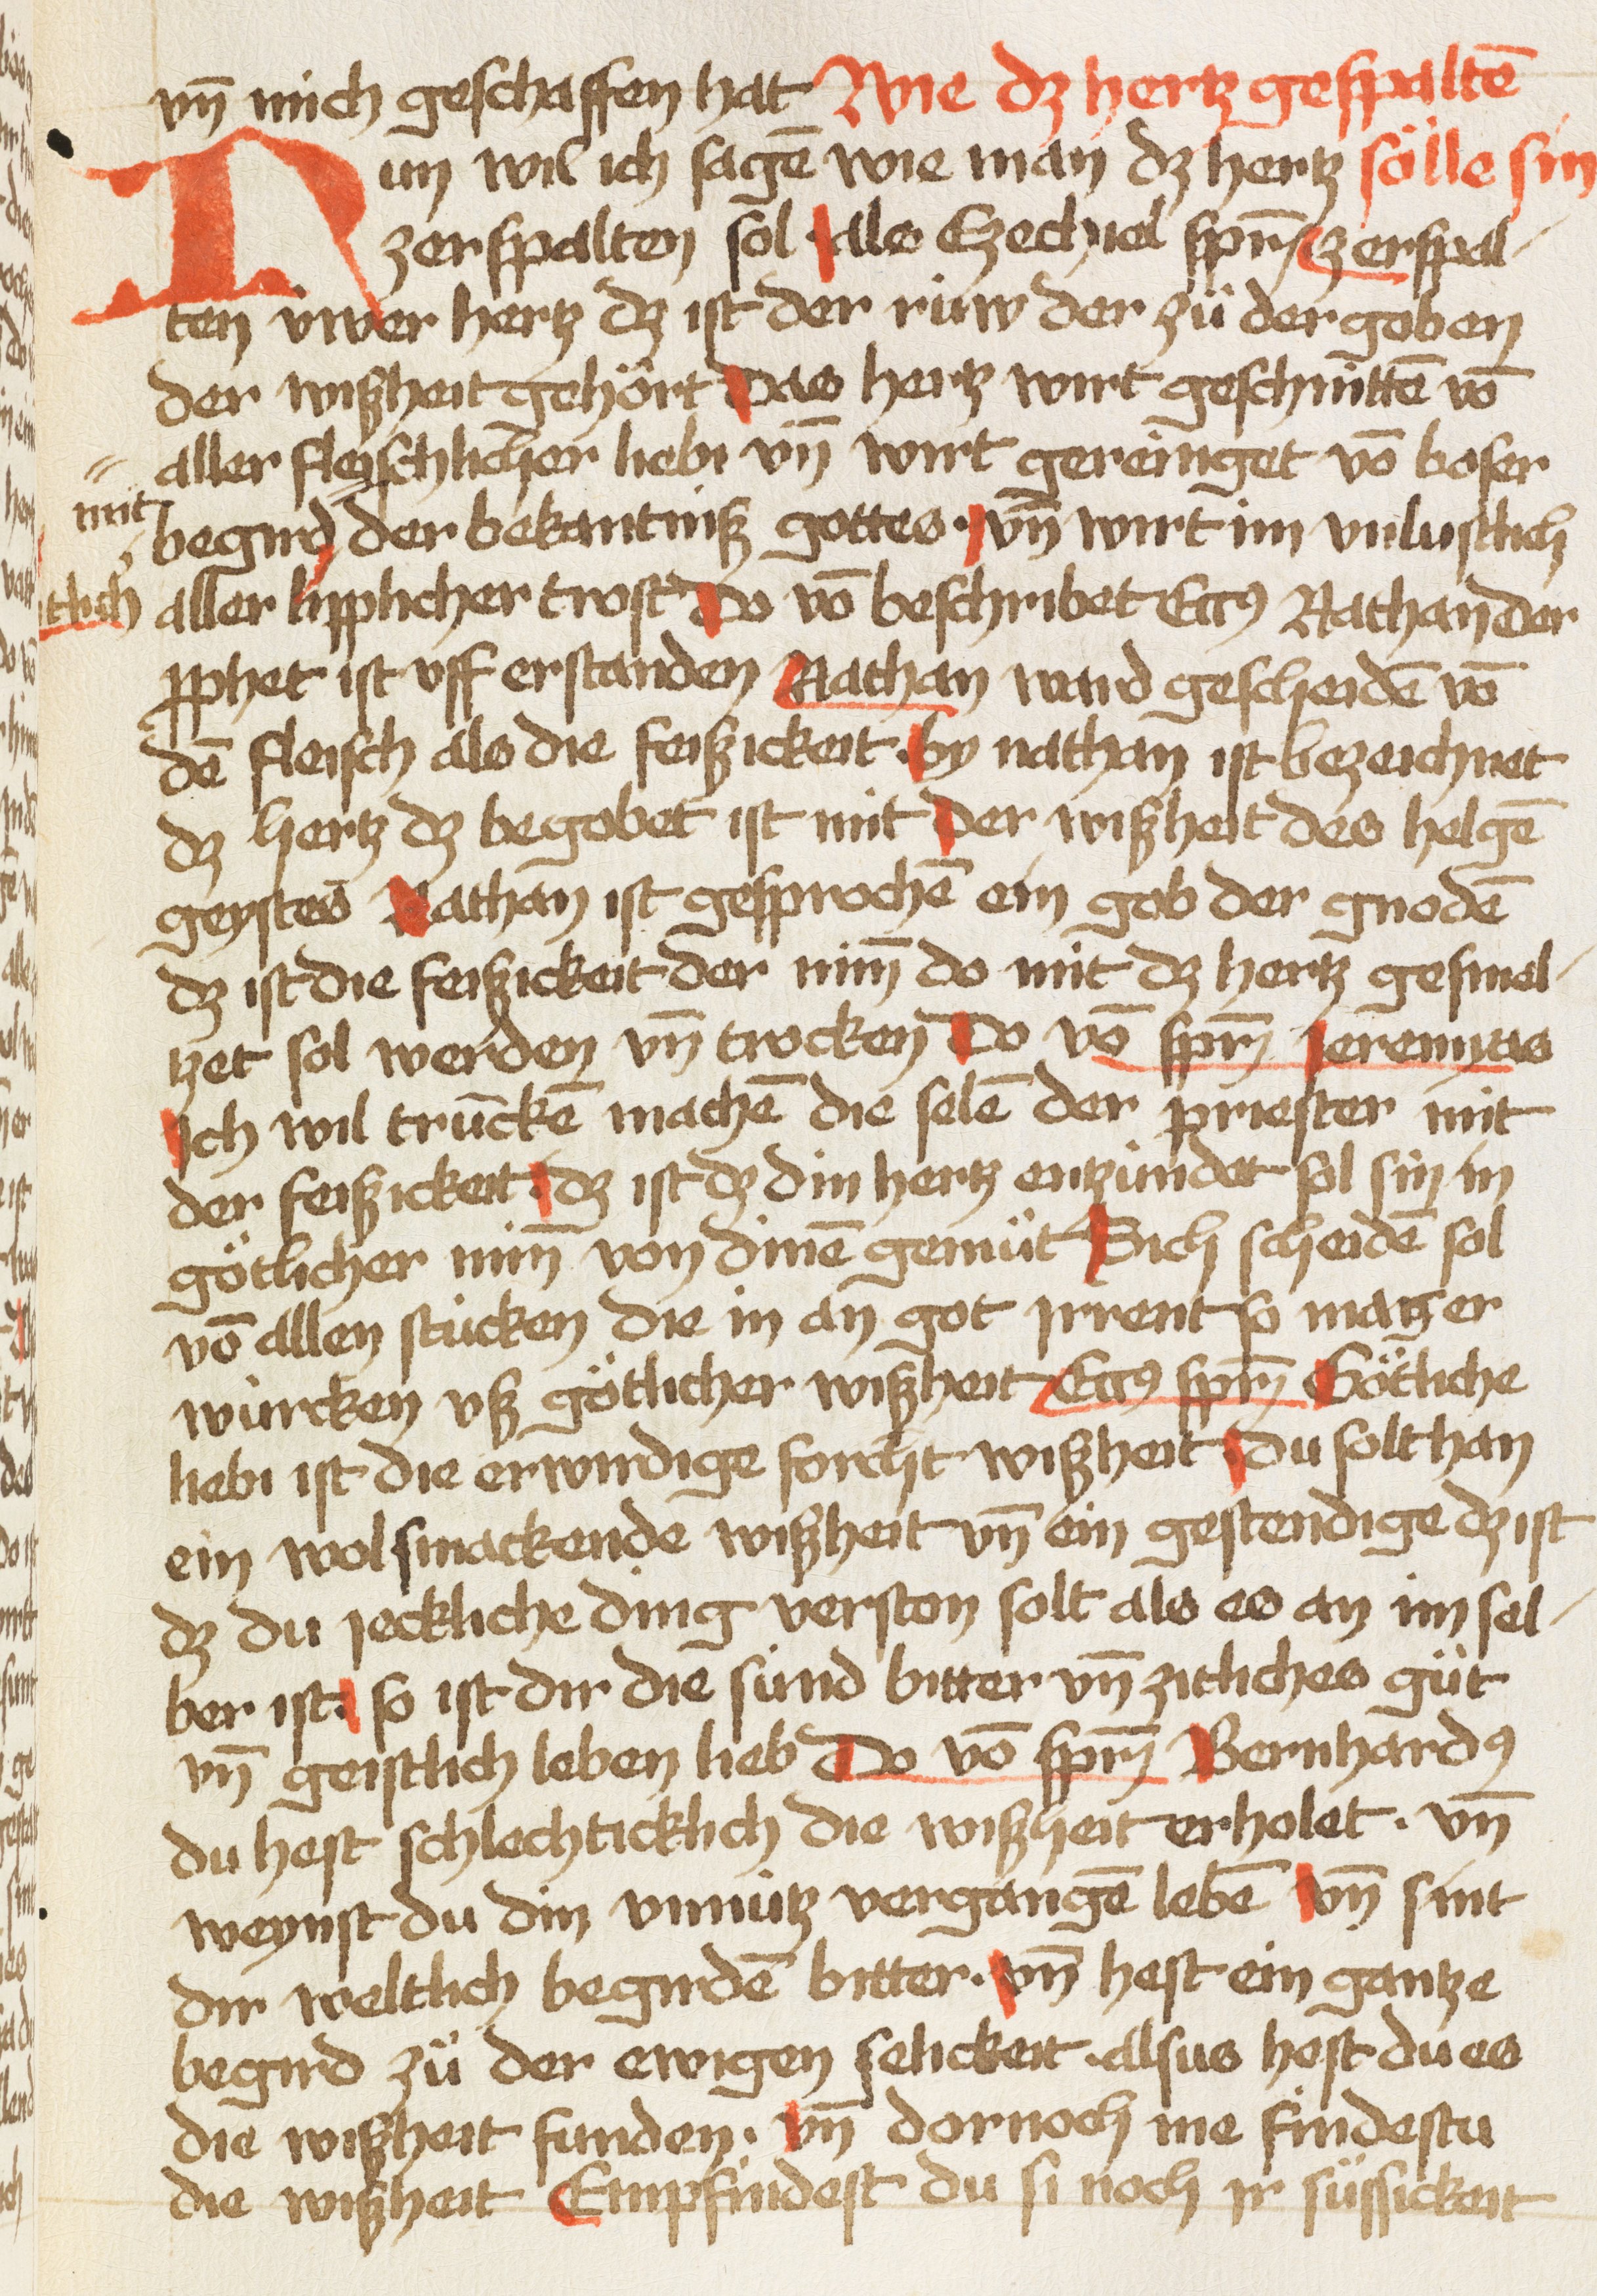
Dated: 1470–1480